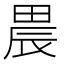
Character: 𤲆